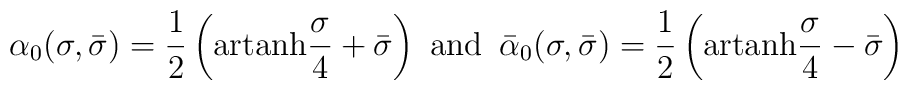
\alpha_0(\sigma,\bar{\sigma})=\frac{1}{2}\left(\mbox{artanh}\frac{\sigma}{4}+\bar{\sigma}\right)\,\,\mbox{and}\,\,\,\bar{\alpha}_0(\sigma,\bar{\sigma})=\frac{1}{2}\left(\mbox{artanh}\frac{\sigma}{4}-\bar{\sigma}\right)